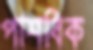
পাশবিক